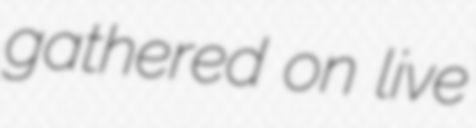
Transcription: gathered on live